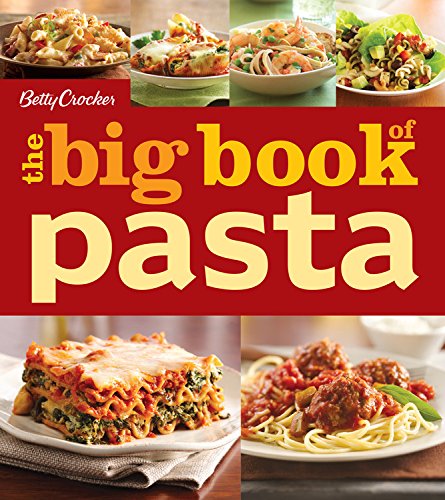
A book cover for Betty Crocker The Big Book of Pasta (Betty Crocker Big Book); Betty Crocker; Cookbooks, Food & Wine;